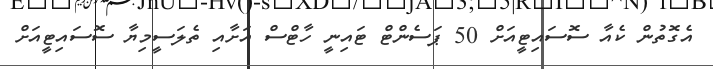
އެގޮތުން ކެއާ ސޮސައިޓީއަށް 50 ޕަސެންޓް ޓައިނީ ހާޓްސް އަށާއި ތެލަަސީމިޔާ ސޮސައިޓީއަށް